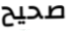
صحيح